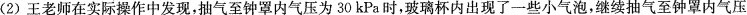
(2)王老师在实际操作中发现，抽气至钟罩内气压为30kPa时，玻璃杯内出现了一些小气泡，继续抽气至钟罩内气压